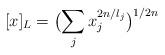
LaTeX: \begin{align*}[x]_L= \bigl(\sum_j x_j^{2n/l_j}\bigr)^{1/2n}\end{align*}